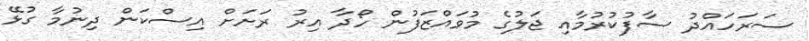
ސަރަހައްދު ސާފުކުރުމާއި ޖަލުގެ މުވައްޒަފުން ހޯދާ އިރު ރަށަށް އިސްކަން ދިނުމާ ގުޅޭ